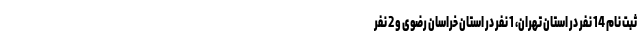
ثبت نام 14 نفر در استان تهران، 1 نفر در استان خراسان رضوی و 2 نفر